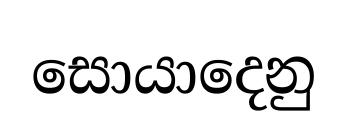
සොයාදෙනු